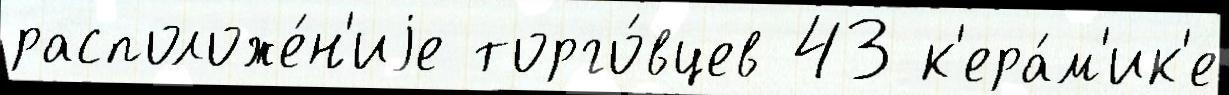
расположе́н'иjе торго́вцев 43 к'ера́м'ик'е